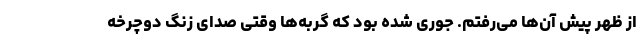
از ظهر پیش آن‌ها می‌رفتم. جوری شده بود که گربه‌ها وقتی صدای زنگ دوچرخه